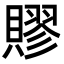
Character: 賿